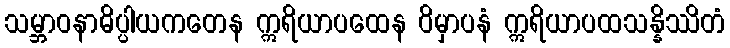
သမ္ဘာဝနာဓိပ္ပါယကတေန ဣရိယာပထေန ဝိမှာပနံ ဣရိယာပထသန္နိဿိတံ